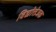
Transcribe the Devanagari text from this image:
विद्योत्तेजक